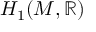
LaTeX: H _ { 1 } ( M , \mathbb { R } )